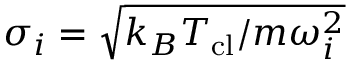
\sigma _ { i } = \sqrt { k _ { B } T _ { \mathrm { { c l } } } / m \omega _ { i } ^ { 2 } }